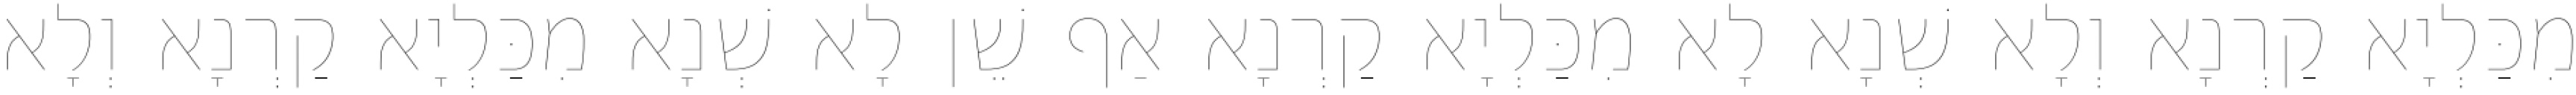
מִכַּלְיָא קַרְנָא וְלָא שְׁנָא לָא מִכַּלְיָא קַרְנָא אַף שֵׁן לָא שְׁנָא מִכַּלְיָא קַרְנָא וְלָא